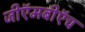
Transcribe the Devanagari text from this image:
जीऍमबीऍच